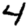
Digit: 4